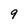
Character: 9